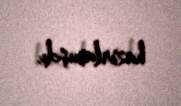
hazırlamışdı.